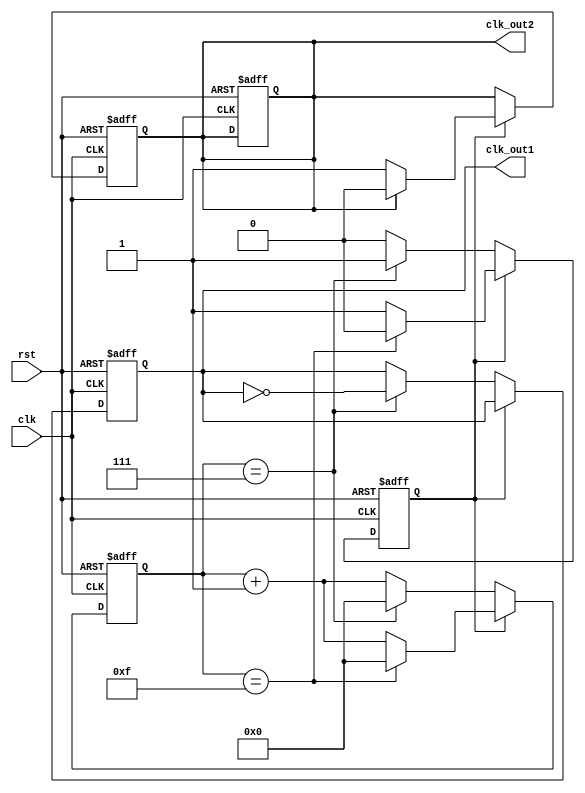
module dual_modulus_clk_divider (
    input clk,
    input rst,
    output reg clk_out1,
    output reg clk_out2
);

reg [31:0] sync_counter;
reg div_flag;

always @(posedge clk or posedge rst) begin
    if (rst) begin
        sync_counter <= 0;
        div_flag <= 0;
        clk_out1 <= 0;
        clk_out2 <= 0;
    end else begin
        if (div_flag) begin
            if (sync_counter == 15) begin
                sync_counter <= 0;
                div_flag <= 0;
            end else begin
                sync_counter <= sync_counter + 1;
            end
        end else begin
            if (sync_counter == 7) begin
                sync_counter <= 0;
                div_flag <= 1;
                clk_out1 <= ~clk_out1;
            end else begin
                sync_counter <= sync_counter + 1;
            end
        end
    end
end

always @(posedge clk or posedge rst) begin
    if (rst) begin
        clk_out2 <= 0;
    end else begin
        if (div_flag) begin
            if (clk_out2 == 1) begin
                clk_out2 <= 0;
            end else begin
                clk_out2 <= 1;
            end
        end
    end
end

endmodule